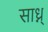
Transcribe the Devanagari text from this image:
साध्न्